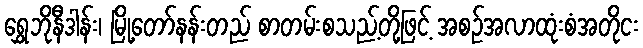
ရွှေဘိုနီဒါန်း၊ မြို့တော်နန်းတည် စာတမ်းစသည့်တို့ဖြင့် အစဉ်အလာထုံးစံအတိုငး